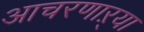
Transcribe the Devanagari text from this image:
आचरणाऱ्या